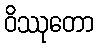
ဝိဿုတော